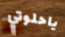
ياحلوتي